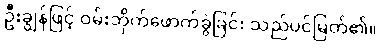
ဦးချွန်ဖြင့် ဝမ်းဘိုက်ဖောက်ခွဲခြင်း သည်ပင်မြတ်၏။